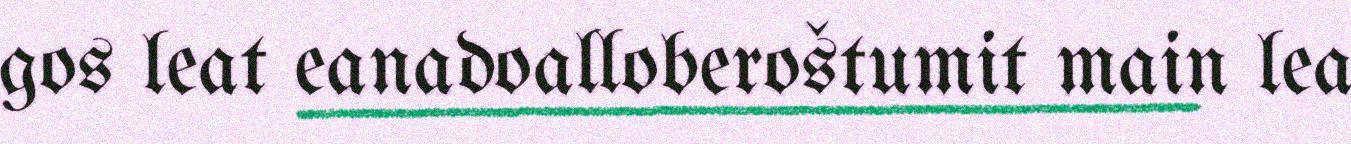
gos leat eanadoalloberoštumit main lea